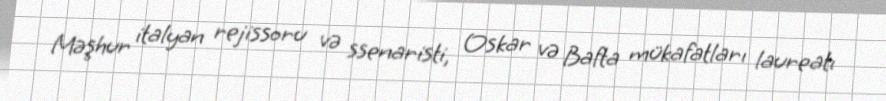
Məşhur italyan rejissoru və ssenaristi, Oskar və Bafta mükafatları laureatı